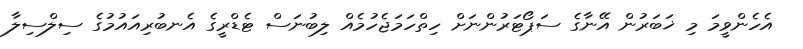
އެހެންވީމަ މި ޚަބަރުން އޭނާގެ ސަޕޯޓަރުންނަށް ހިތްހަމަޖެހުމެއް ލިބުނަސް ޓެޑްރީގެ އެނބުރިއައުމުގެ ސިލްސިލާ